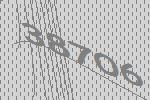
38706